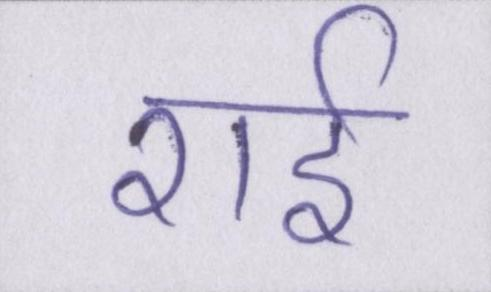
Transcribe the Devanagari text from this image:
राई